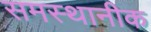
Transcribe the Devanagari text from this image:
समस्थानीक